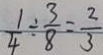
\frac { 1 } { 4 } \div \frac { 3 } { 8 } = \frac { 2 } { 3 }